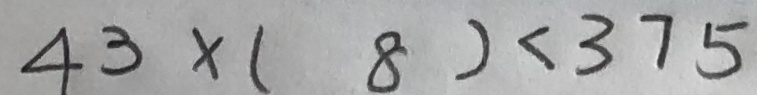
4 3 ( \times 8 ) < 3 7 5